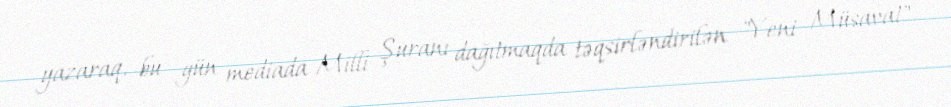
yazaraq, bu gün mediada Milli Şuranı dağıtmaqda təqsirləndirilən "Yeni Müsavat"